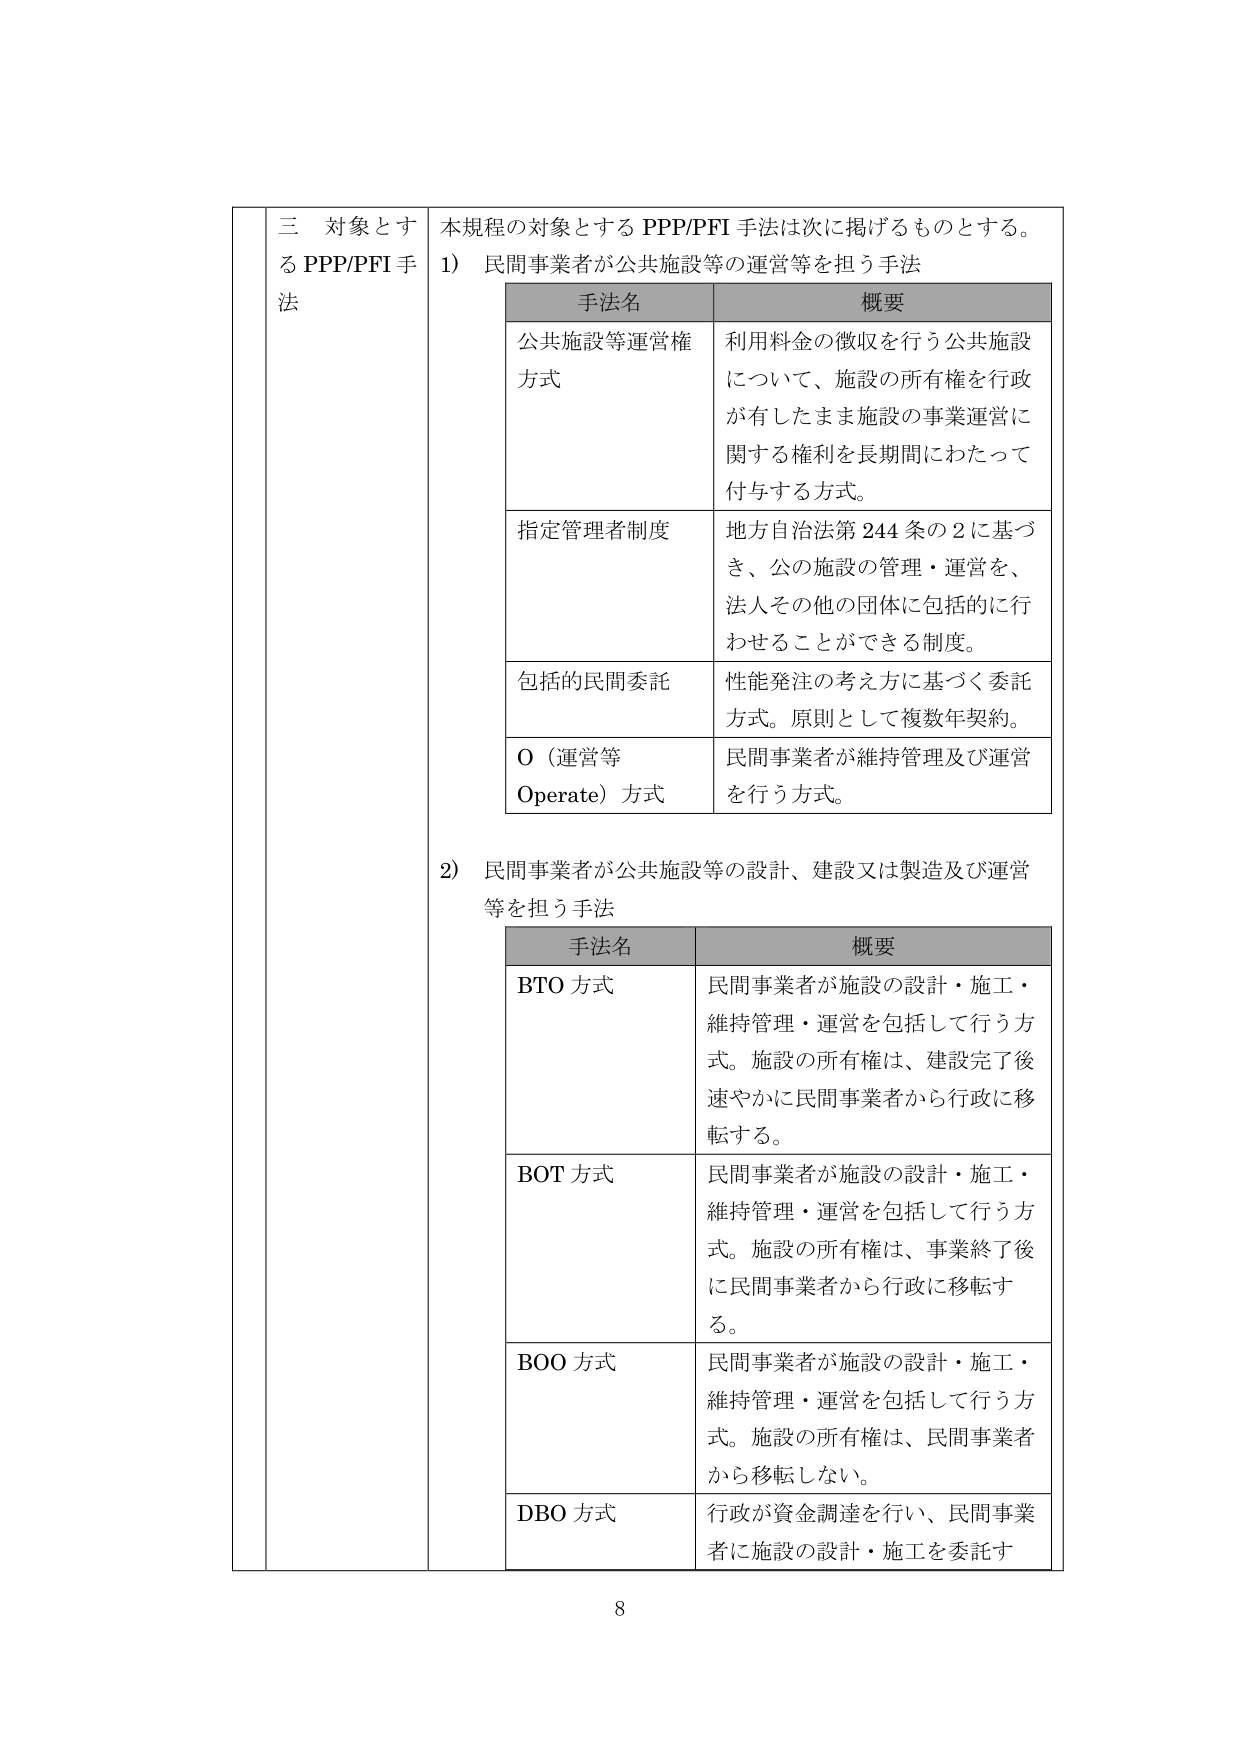
三 対象とする PPP/PFI 手法

本規程の対象とする PPP/PFI 手法は次に掲げるものをとする。

1) 民間事業者が公共施設等の運営等を担う手法

| 手法名 | 概要 |
|--------|------|
| 公共施設等運営権方式 | 利用料金の徴収を行う公共施設について、施設の所有権を行政が有したまま施設の事業運営に関する権利を長期間にわたって付与する方式。 |
| 指定管理者制度 | 地方自治法第244条の2に基づき、公の施設の管理・運営を、法人その他の団体に包括的に行わせることができる制度。 |
| 包括的民間委託 | 性能発注の考え方に基づく委託方式。原則として複数年契約。 |
| O（運営等 Operate）方式 | 民間事業者が維持管理及び運営を行う方式。 |

2) 民間事業者が公共施設等の設計、建設又は製造及び運営等を担う手法

| 手法名 | 概要 |
|--------|------|
| BTO 方式 | 民間事業者が施設の設計・施工・維持管理・運営を包括して行う方式。施設の所有権は、建設完了後速やかに民間事業者から行政に移転する。 |
| BOT 方式 | 民間事業者が施設の設計・施工・維持管理・運営を包括して行う方式。施設の所有権は、事業終了後に民間事業者から行政に移転する。 |
| BOO 方式 | 民間事業者が施設の設計・施工・維持管理・運営を包括して行う方式。施設の所有権は、民間事業者から移転しない。 |
| DBO 方式 | 行政が資金調達を行い、民間事業者に施設の設計・施工を委託す |

8